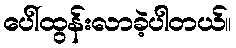
ပေါ်ထွန်းလာခဲ့ပါတယ်။